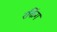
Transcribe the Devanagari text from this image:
रकिंग